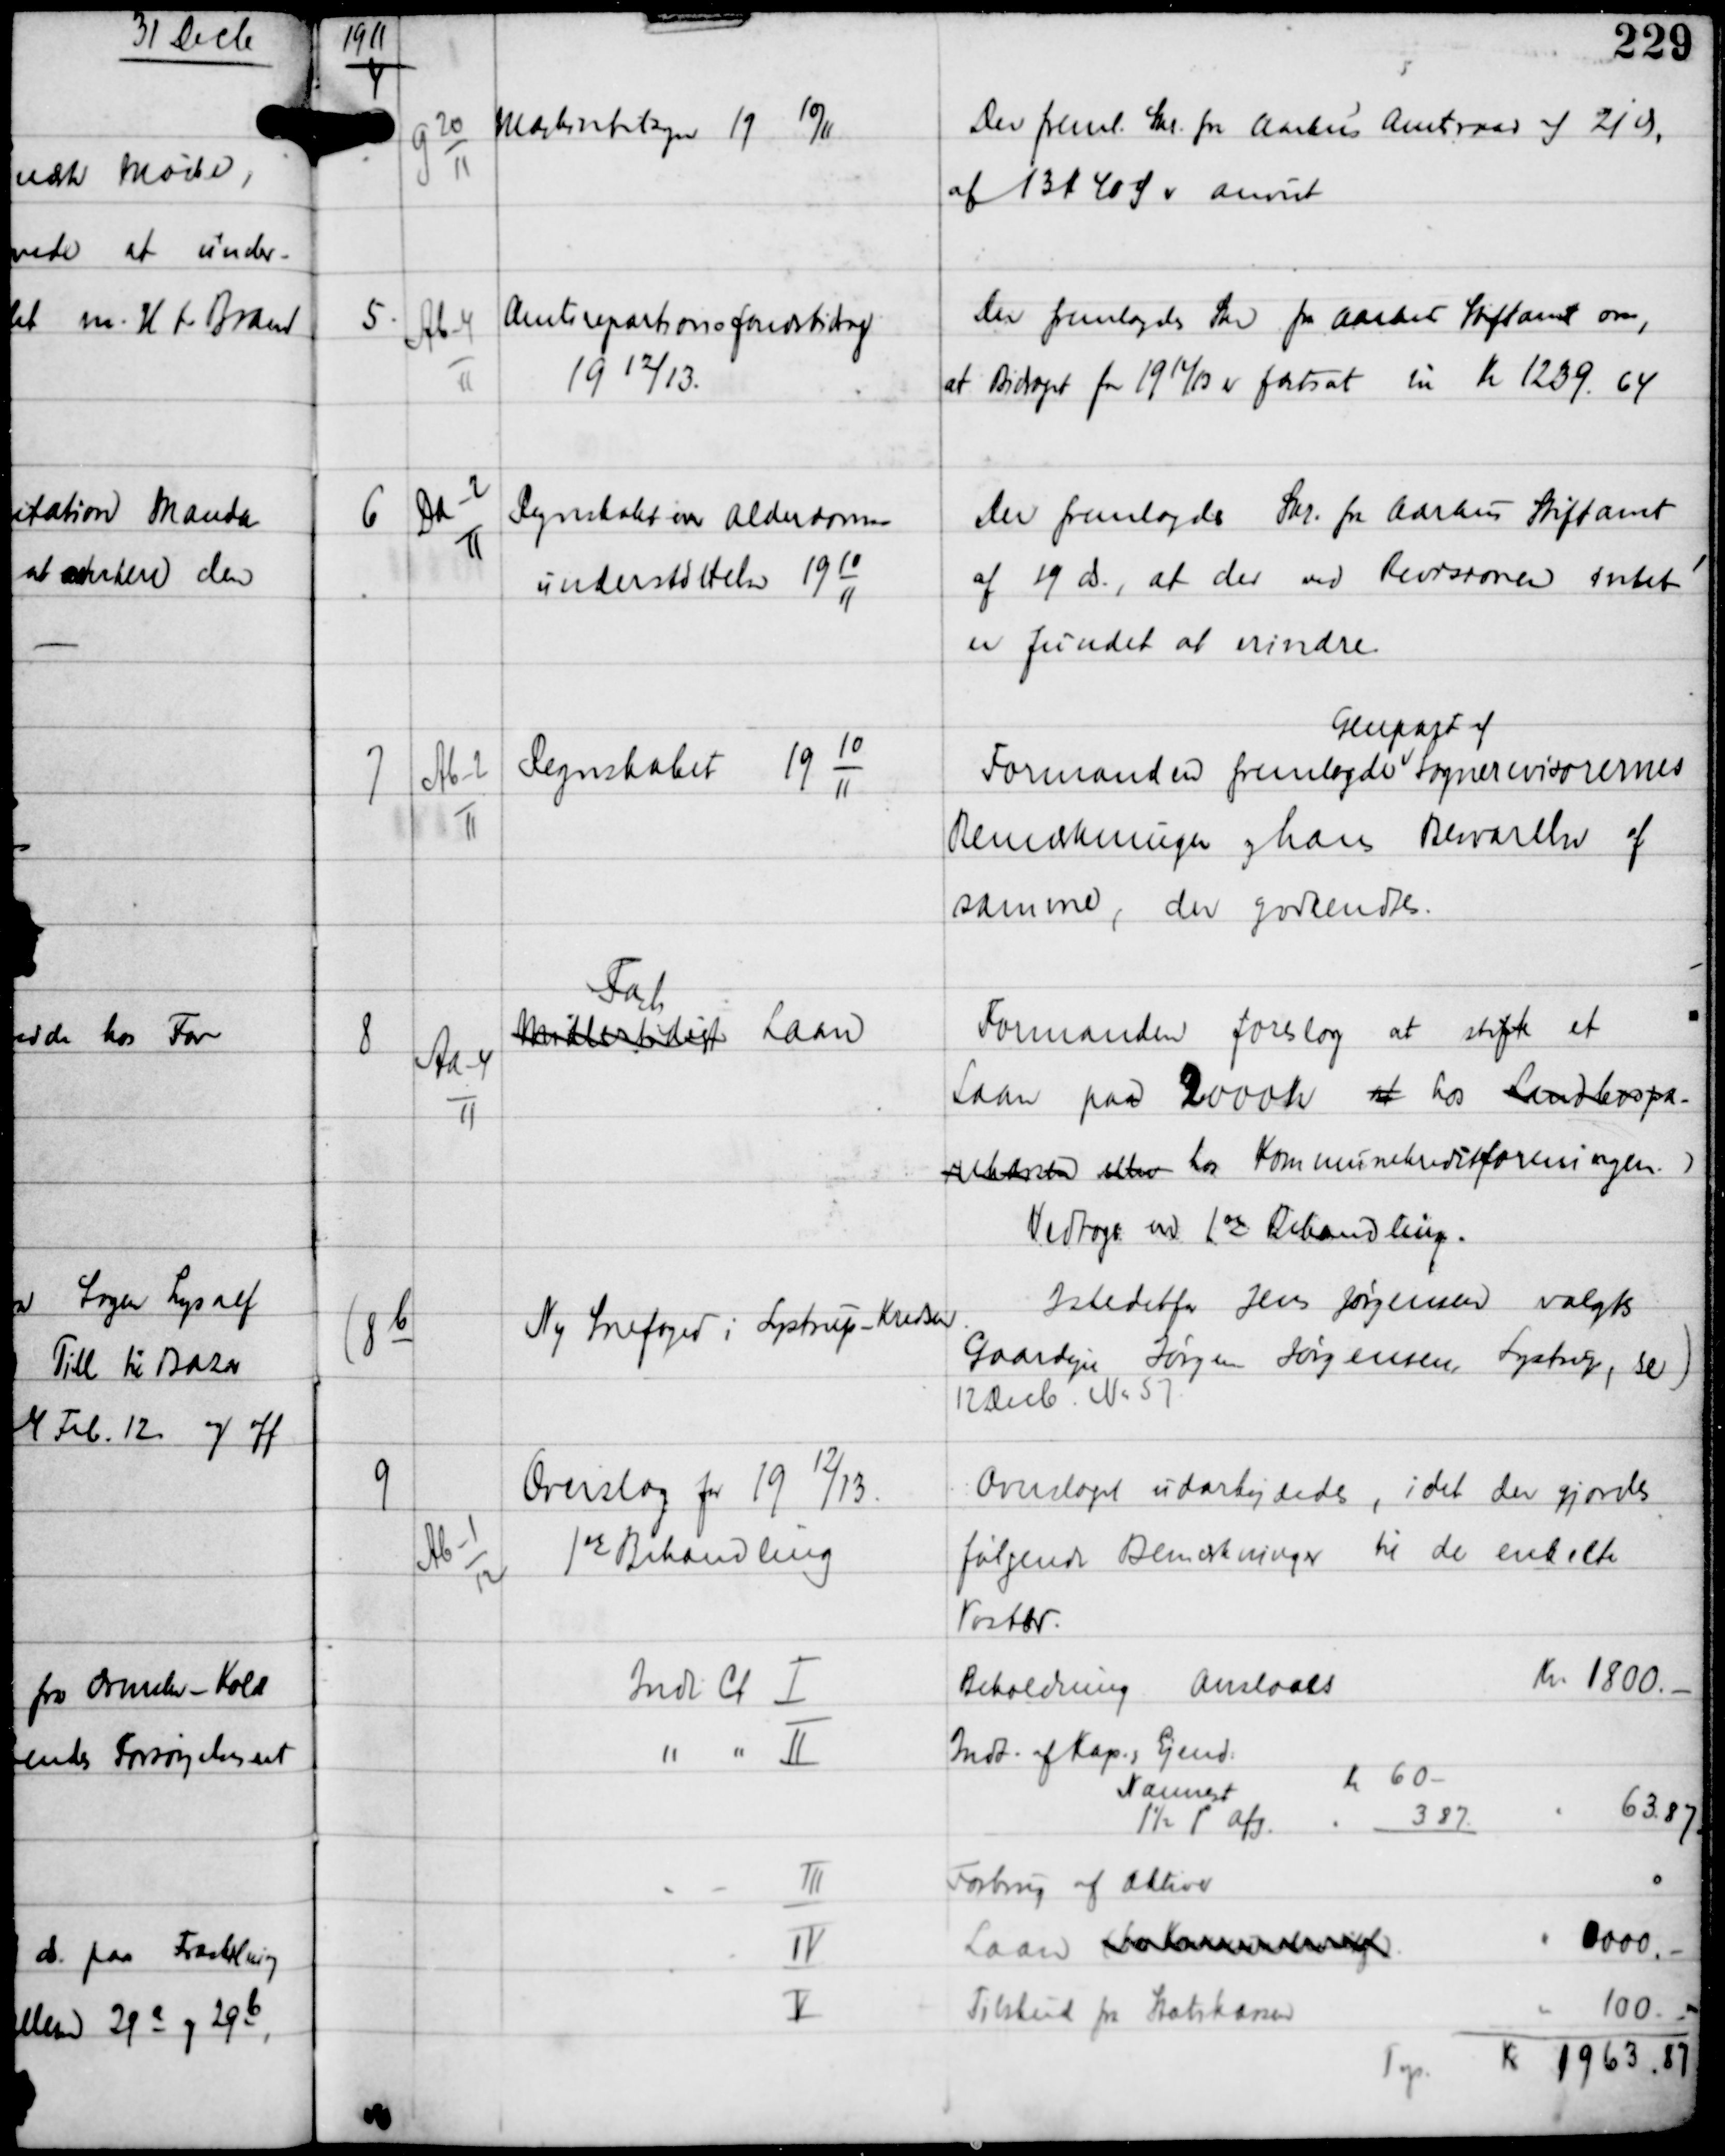
Transskription:
1911

4

G 20
11

Maskintilsyn 19 10/11

Der freml. Skr fra Aarhus Amtsraad af 21 ds
af 13 K 40 Ø er anvist.

5

Ab-4
11

Amtsrepartionsfondsbidrag
19 12/13

Der fremlagdes Skr fra Aarhus Stiftamt om,
at Bidraget for 1912/13 er fastsat til Kr 1239.64

6

Da-2
11

Regnskabet over Alderdoms-
understøttelser 19
10
11

Der fremlagdes Skr fra Aarhus Stiftamt
af 19 ds, at der ved Revisionen intet
er fundet at erindre.

7

Ab-2
11

Regnskabet 19
10
11

Formanden fremlagde
Genpart af
Sognerevisorernes
Bemærkninger og hans Besvarelse af
samme, den godkendtes.

8

Aa-4
11

Forsk
Midlertidigt Laan

Formanden foreslog at stifte et
Laan paa 2000 Kr at hos Landbospa-
rekassen eller hos Kommunekreditforeningen.
Vedtoges ved 1st Behandling.

(8 b

Ny Snefoged i Lystrup Kredsen

Istedetfor Jens Jørgensen valgtes
Gaardejer Jørgen Jørgensen Lystrup, se)
12 Decb Nr 57.

9

Ab-1
12

Overslag for 1912/13
1st Behandling

Overslaget udarbejdedes, idet der gjordes
følgende Bemærkninger til de enkelte
Poster.

Indt Ct I
Beholdning anslaaet
Kr 1800.-

" " II
Indt af Kap og Ejend
Nærmest
Kr 60
1½ % afg
3.87
63.87

III
Forbrug af Aktiver
0

IV
Laan dxxxxxxxxx
0000.-

V
Tilskud fra Statskassen
100.-

Trp
Kr 1963.87